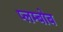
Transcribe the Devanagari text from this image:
प्लम्बोब